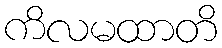
ကိလမထာတိ